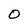
Character: O